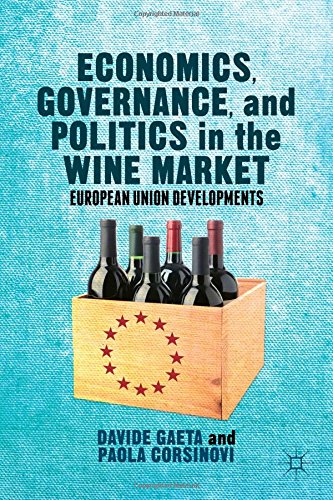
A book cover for Economics, Governance, and Politics in the Wine Market: European Union Developments; Davide Gaeta; Business & Money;